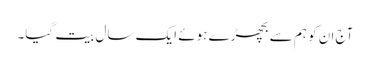
آج ان کو ہم سے بچھڑے ہوئے ایک سال بیت گیا۔